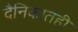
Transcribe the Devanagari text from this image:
दैनिकातही